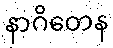
နာဂိတေန